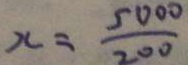
x = \frac { 5 0 0 0 } { 2 0 0 }